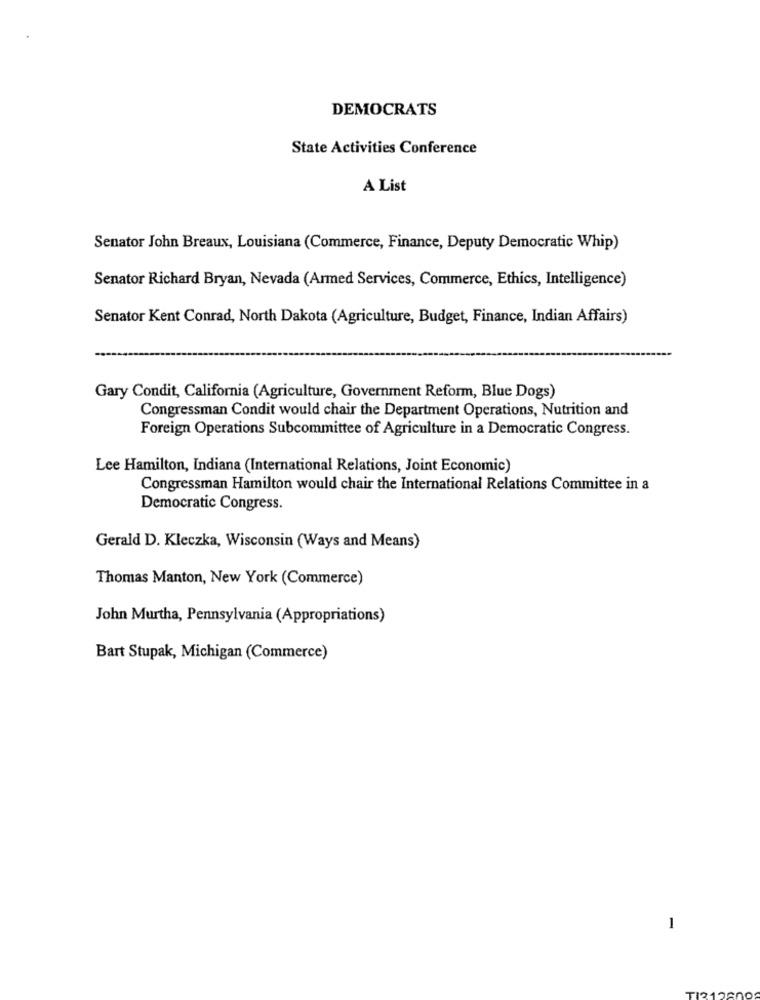
DEMOCRATS
State Activities Conference
A List
Senator John Breaux, Louisiana (Commerce, Finance, Deputy Democratic Whip)
Senator Richard Bryan, Nevada (Armed Services, Commerce, Ethics, Intelligence)
Senator Kent Conrad, North Dakota (Agriculture, Budget, Finance, Indian Affairs)
Gary Condit, California (Agriculture, Government Reform, Blue Dogs)
Congressman Condit would chair the Department Operations, Nutrition and
Foreign Operations Subcommittee of Agriculture in a Democratic Congress.
Lee Hamilton, Indiana (International Relations, Joint Economic)
Congressman Hamilton would chair the International Relations Committee in a
Democratic Congress.
Gerald D. Kleczka, Wisconsin (Ways and Means)
Thomas Manton, New York (Commerce)
John Murtha, Pennsylvania (Appropriations)
Bart Stupak, Michigan (Commerce)
1